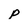
Character: p